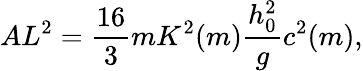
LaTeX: AL^{2}=\frac{16}{3}mK^{2}(m)\frac{h_{0}^{2}}{g}c^{2}(m),